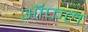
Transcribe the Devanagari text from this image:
ऑफल